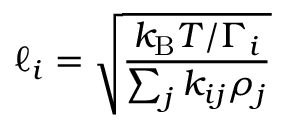
\ell _ { i } = \sqrt { \frac { k _ { \mathrm { B } } T / \Gamma _ { i } } { \sum _ { j } k _ { i j } \rho _ { j } } }